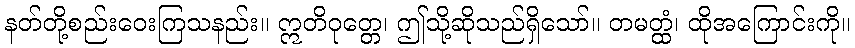
နတ်တို့စည်းဝေးကြသနည်း။ ဣတိဝုတ္တေ၊ ဤသို့ဆိုသည်ရှိသော်။ တမတ္ထံ၊ ထိုအကြောင်းကို။